Heimtali_vallavalitsus, lk 20
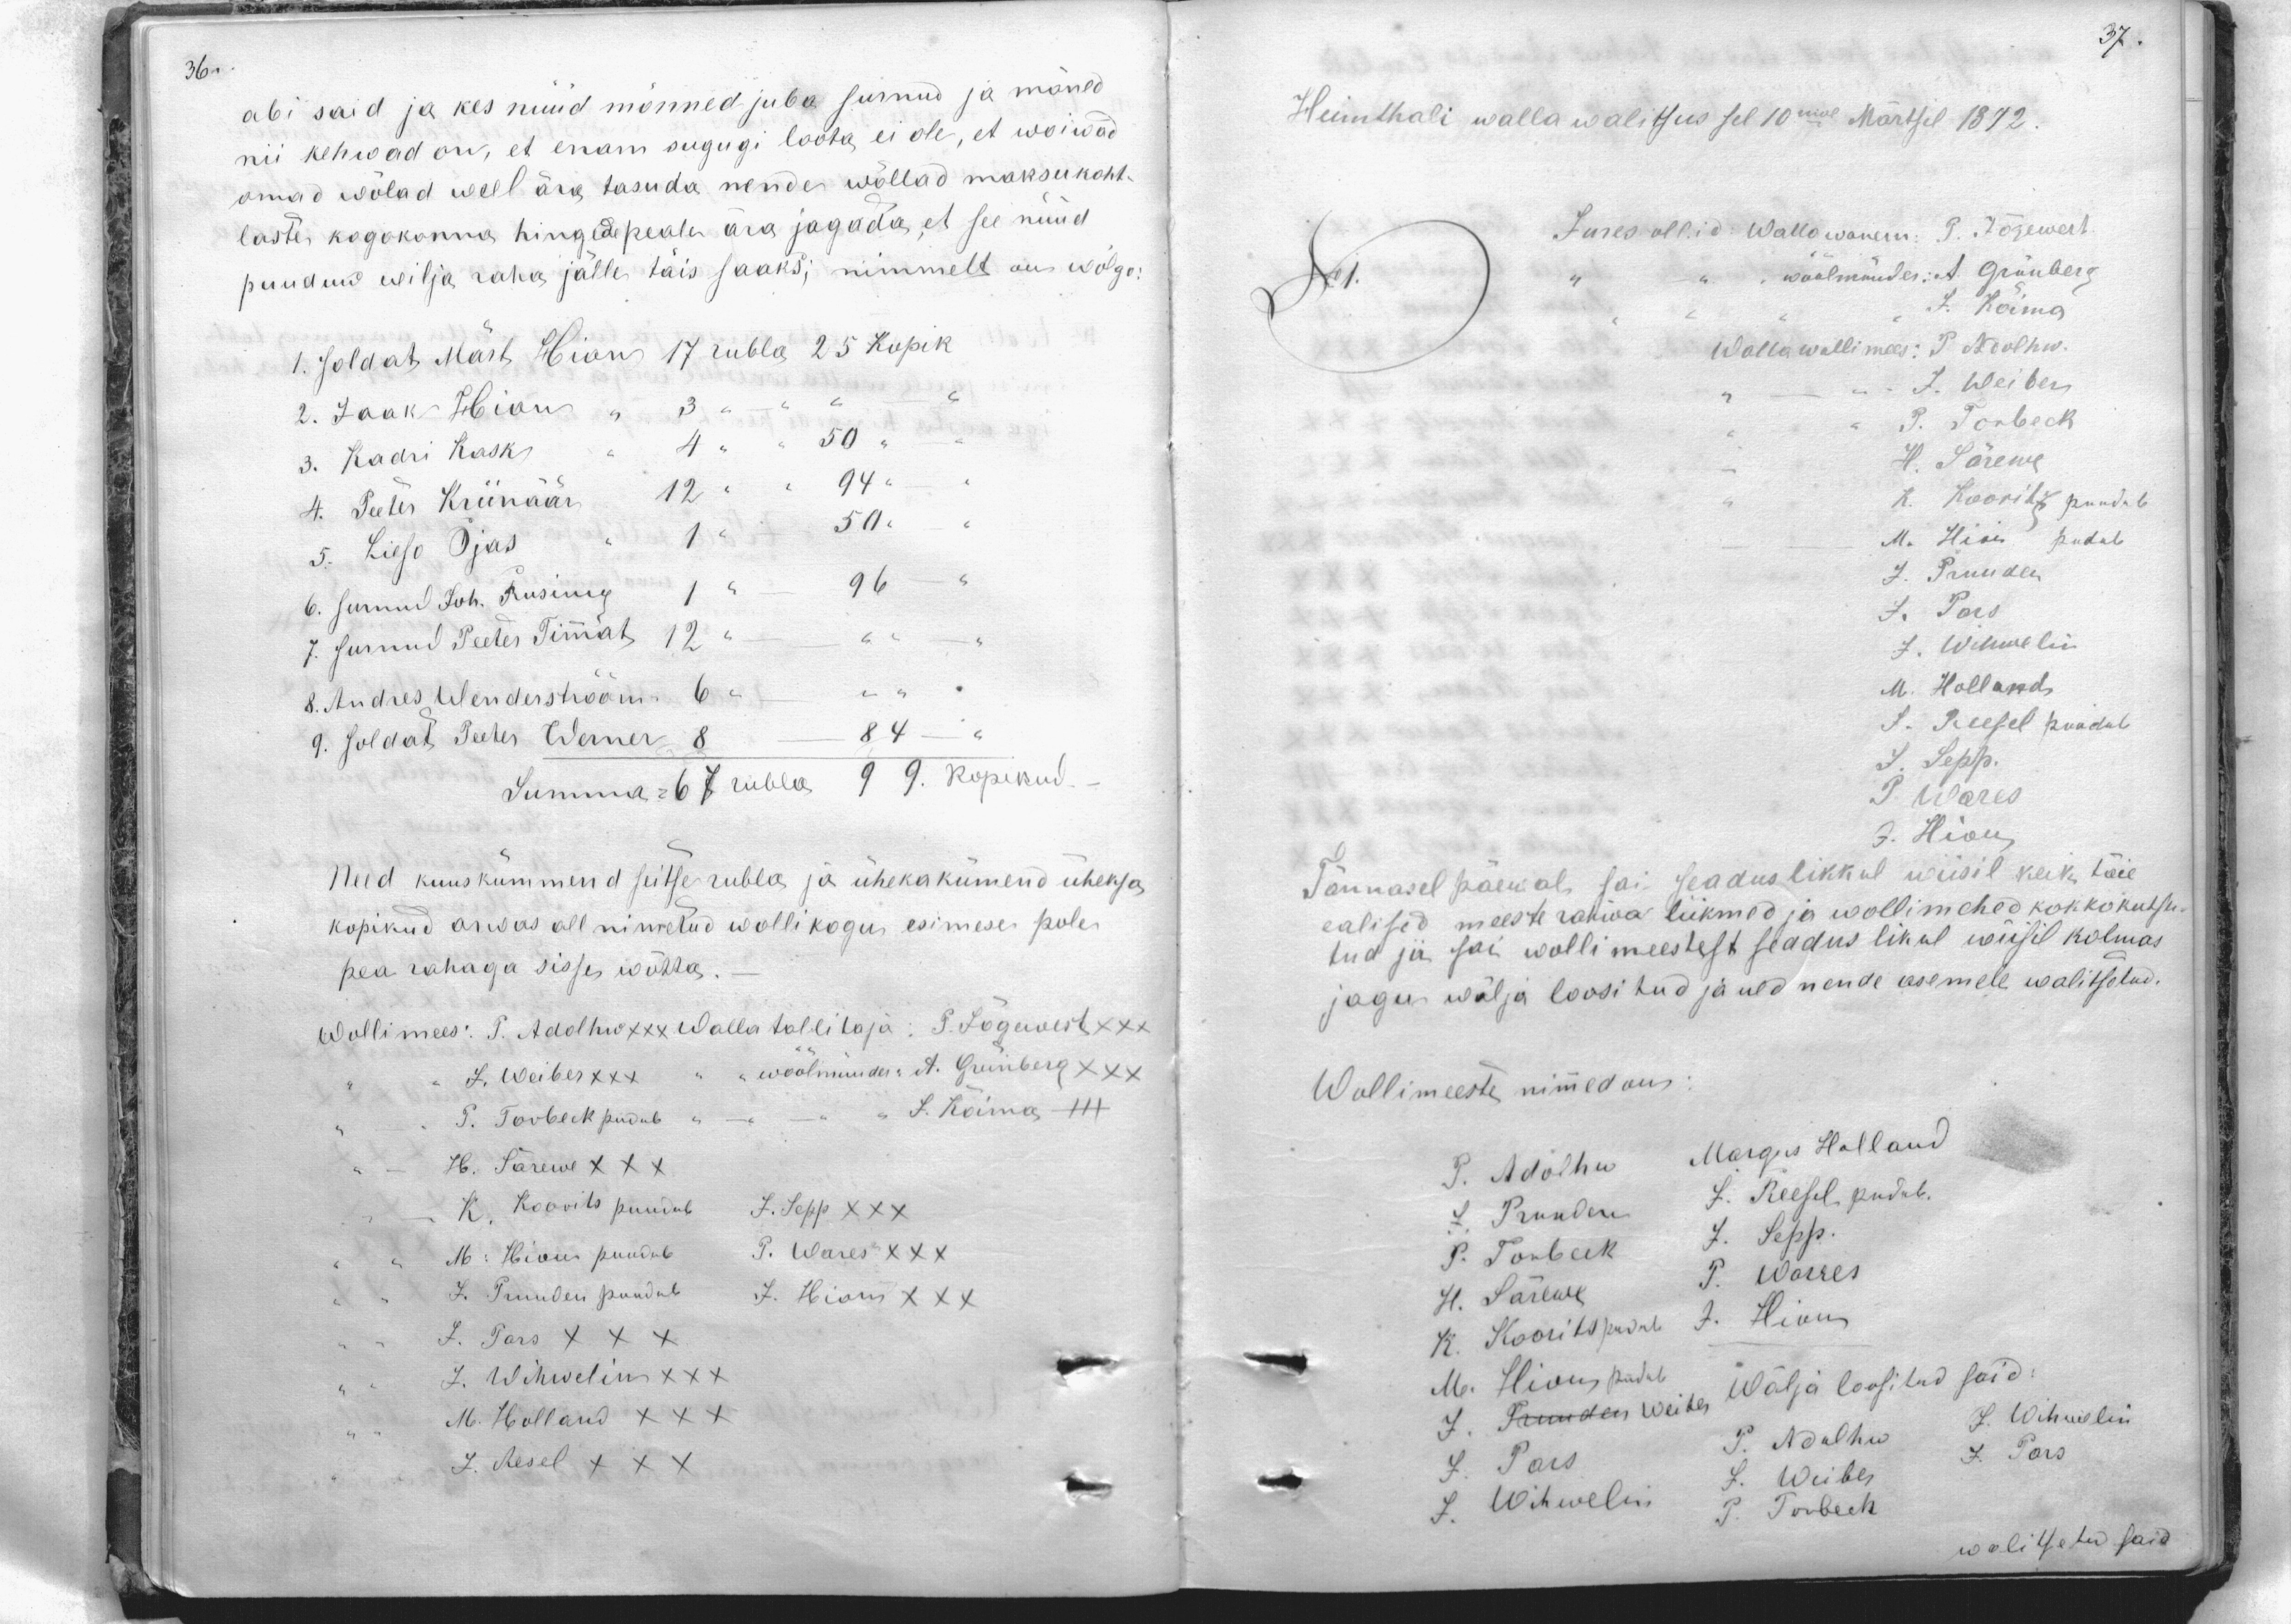
abi said ja kes nüüd mõnned juba surnud ja mõned
nii kehwad on, et enam sugugi loota ei ole, et woiwad
omad wõlad weel ära tasuda nende wõllad maksu koht-
laste kogokonna hingede peale ära jagada, et see nüüd
puudnud wilja raha jälle täis saaks; nimmelt on wõlge:
1. soldat Märt Hion 17 rubla 25 kopik
2. Jaak Hion 3
3. Kadri Kask, 4 50
4. Peeter Kriinäär 12 94.
5. Lieso Ojas 1 50
6. surnud Joh. Rusing 1 96
7. surnud Peeter Timat 12
8. Andres Wendershõõm 6
9. soldat Peeter Werner 84
Summa 67 rubla 9 9. kopikud
Need kuuskümmend seitse rubla ja üheka kümend üheksa
kopikud arwas all nimetud wollikogus esimese pole
pea rahaga sisse wõtta.
Wollimees: T. Adolhw xxx Wallatallitaja: P. Jõgewest xxx
J. Weiber XXX
wöölmünder: A. Grünberg XXX
T. Torbeck pudub
J. Koima XXX
H. Särewe XXX
K. Koovits puudub
J. Sepp XXX
M Hion puudub
P. Wares XXX
L. Truuden puudub.
J. Hion XXX
J. Pars XXX
J. Wihwelin XXX
M. Holland XXX
J. Resel XXX

Heimthali walla walitsus sel 10mal Märtsil 1872.
No 1.
Jures ollid: Wallawan P. Jõgewest.
wöölmünder: A. Grünberg
J. Koima
Wallawollimees: P. Adolhw
J. Weiber
P. Torbeck
H. Sõrewe
K. Koorits puudub
M. Hion pudub
J. Truuder
J. Pars
J. Wihmelin
M. Holland
J. Reesel puudub
J. Sepp.
S. Wares
J. Hion
Tännasel päewal sai seaduslikkul wiisil keik täie
ealised meeste rahwa liikmed ja wollimehed kokkokutsu
tud see sai wollimeestest seaduslikul wiisil kolmas
jagu wälja loositud ja ned nende asemele walitsetud.
Wollimeeste nimed on:
P. Adolhw
Margus Holland
J. Pruuden
J. Reesel pudub.
P. Tombeck
J. Sepp.
H. Särewe
P. Warres
K. Koorits pudub
J. Hion
M. Hion pudub
Välja loositud said:
J. Truuden Weiter
J. Wihwelin
J. Pars J. Adolhw
J. Pärs
L. Weiber
J. Wihwelin P. Torbeck
walitsetu said.